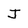
Character: J